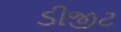
ડીજીટ